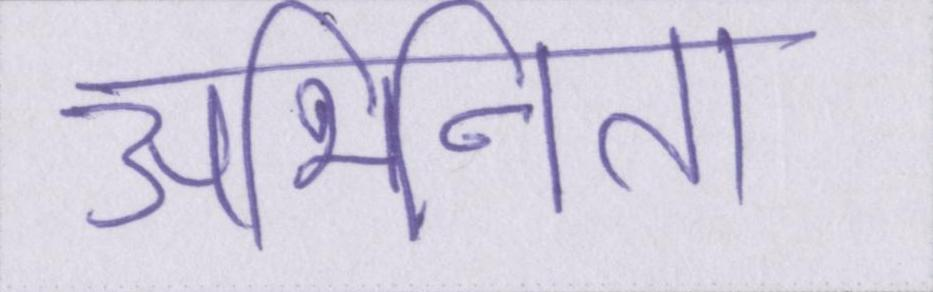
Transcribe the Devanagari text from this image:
अभिनेता